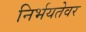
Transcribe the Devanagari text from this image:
निर्भयतेवर